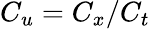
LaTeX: C_{u}=C_{x}/C_{t}